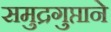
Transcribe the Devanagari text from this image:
समुद्रगुप्ताने